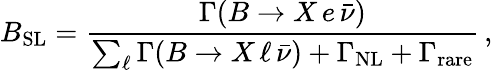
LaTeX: B_{\mathrm{SL}}={\frac{\Gamma(B\to X\, e\, \bar{\nu})}{\sum_{\ell}\Gamma(B\to X\, \ell\, \bar{\nu})+\Gamma_{\mathrm{NL}}+\Gamma_{\mathrm{rare}}}}\, ,